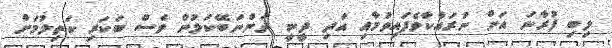
ލިބި ފުރާނަ އަށް ނުރައްކާވެފައިވުމާއި އަދި ދީނީ ދަންނަބޭކަލުން ވެސް ބަކަރި ކަތިލުމަށް